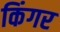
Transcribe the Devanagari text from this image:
किंगर